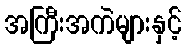
အကြီးအကဲများနှင့်